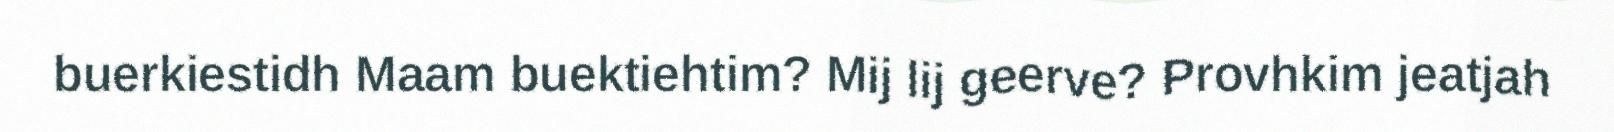
buerkiestidh Maam buektiehtim? Mij lij geerve? Provhkim jeatjah